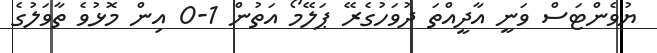
ޔުވެންޓަސް ވަނީ އާދީއްތަ ދުވަހުގެރޭ ޕަލޭމޯ އަތުން 1-0 އިން މޮޅުވެ ތާވަލުގެ